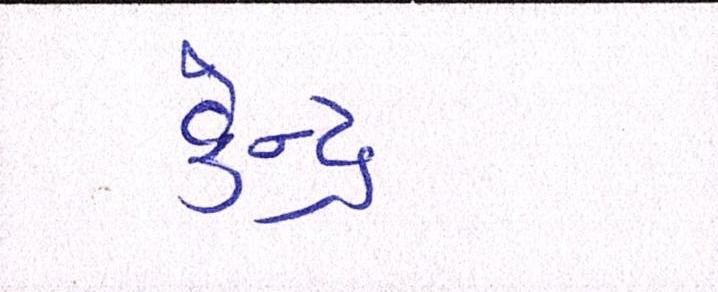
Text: કેન્દ્ર